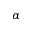
\alpha